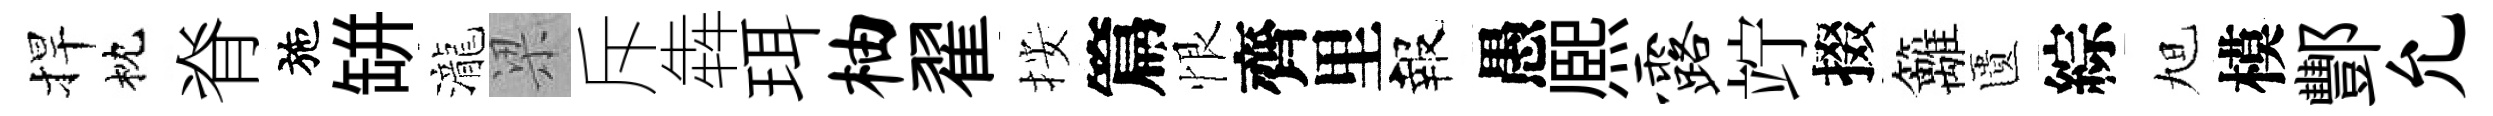
捍枕脊施缾瀧梁斥犇珥柚翟按篇恨齊里報愚熈露竚掇籬匱綜旭模酆允